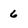
Character: 6